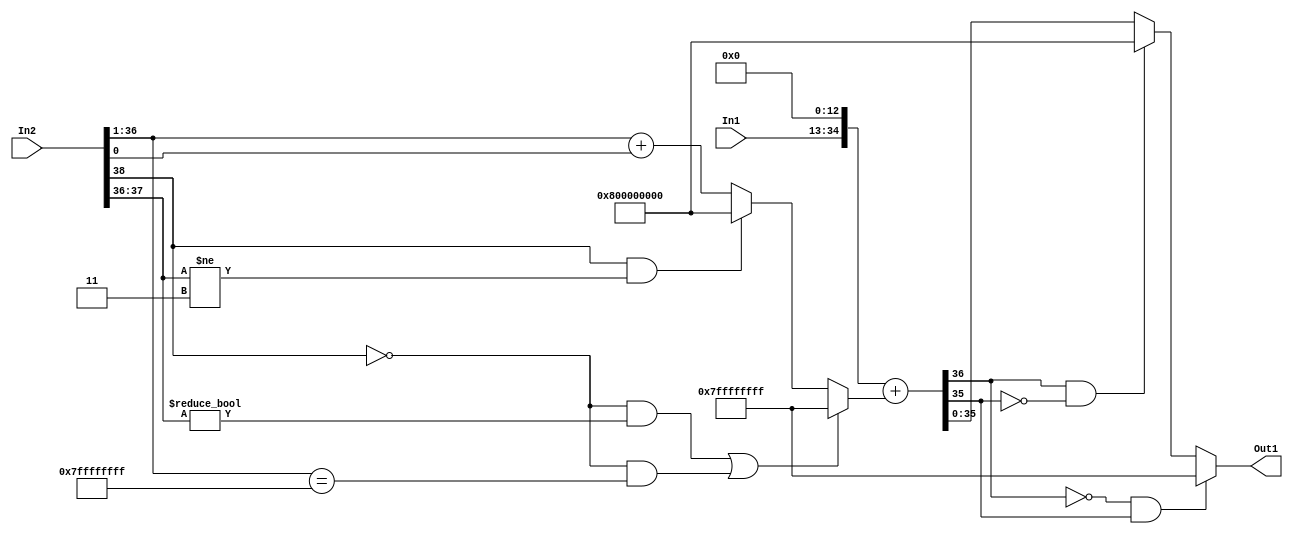
// -------------------------------------------------------------
// 
// 
// Generated by MATLAB 9.14 and HDL Coder 4.1
// 
// -------------------------------------------------------------


// -------------------------------------------------------------
// 
// Module: sumin_block
// Source Path: FP_sub/fp model/IIR_section_2/sumin
// Hierarchy Level: 2
// 
// -------------------------------------------------------------

`timescale 1 ns / 1 ns

module sumin_block
          (In1,
           In2,
           Out1);


  input   signed [21:0] In1;  // sfix22_En14
  input   signed [38:0] In2;  // sfix39_En28
  output  signed [35:0] Out1;  // sfix36_En27


  wire signed [35:0] sumin_add_cast;  // sfix36_En27
  wire signed [36:0] sumin_add_cast_1;  // sfix37_En27
  wire signed [35:0] sumin_add_cast_2;  // sfix36_En27
  wire signed [36:0] sumin_add_cast_3;  // sfix37_En27
  wire signed [36:0] sumin_add_temp;  // sfix37_En27
  wire signed [35:0] sumin_out1;  // sfix36_En27


  assign sumin_add_cast = {In1[21], {In1, 13'b0000000000000}};
  assign sumin_add_cast_1 = {sumin_add_cast[35], sumin_add_cast};
  assign sumin_add_cast_2 = (((In2[38] == 1'b0) && (In2[37:36] != 2'b00)) || ((In2[38] == 1'b0) && (In2[36:1] == 36'sh7FFFFFFFF)) ? 36'sh7FFFFFFFF :
              ((In2[38] == 1'b1) && (In2[37:36] != 2'b11) ? 36'sh800000000 :
              In2[36:1] + $signed({1'b0, In2[0]})));
  assign sumin_add_cast_3 = {sumin_add_cast_2[35], sumin_add_cast_2};
  assign sumin_add_temp = sumin_add_cast_1 + sumin_add_cast_3;
  assign sumin_out1 = ((sumin_add_temp[36] == 1'b0) && (sumin_add_temp[35] != 1'b0) ? 36'sh7FFFFFFFF :
              ((sumin_add_temp[36] == 1'b1) && (sumin_add_temp[35] != 1'b1) ? 36'sh800000000 :
              $signed(sumin_add_temp[35:0])));



  assign Out1 = sumin_out1;

endmodule  // sumin_block